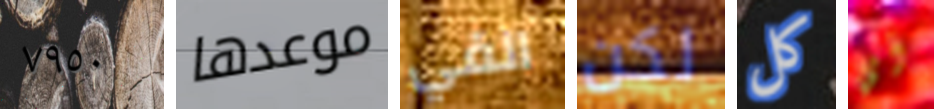
٧٩٥٠ موعدها القي لكن كل أي